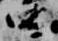
四